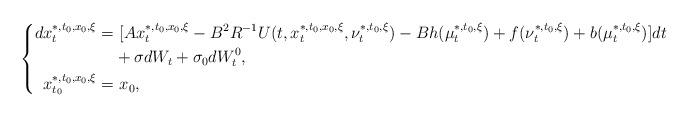
LaTeX: \begin{align*}\left\{\begin{aligned}dx_t^{*,t_0,x_0,\xi}=&~[Ax_t^{*,t_0,x_0,\xi}-B^2R^{-1}U(t,x_t^{*,t_0,x_0,\xi},\nu_t^{*,t_0,\xi})-Bh(\mu_t^{*,t_0,\xi})+f(\nu_t^{*,t_0,\xi})+b(\mu_t^{*,t_0,\xi})]dt\\&+\sigma dW_t+\sigma_0dW^0_t,\\x_{t_0}^{*,t_0,x_0,\xi}=&~x_0,\end{aligned}\right.\end{align*}